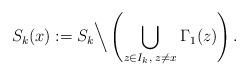
LaTeX: \begin{align*}S_{k}(x):= S_{k}\Big\backslash \left(\bigcup \limits_{z \in I_{k},\; z\neq x}\Gamma_1(z)\right).\end{align*}